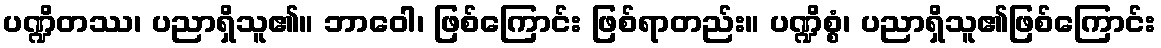
ပဏ္ဍိတဿ၊ ပညာရှိသူ၏။ ဘာဝေါ၊ ဖြစ်ကြောင်း ဖြစ်ရာတည်း။ ပဏ္ဍိစ္စံ၊ ပညာရှိသူ၏ဖြစ်ကြောင်း